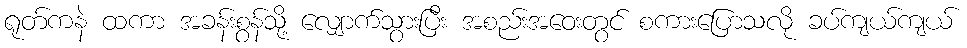
ရုတ်ကနဲ ထကာ အခန်းစွန်သို့ လျှောက်သွားပြီး အစည်းအဝေးတွင် စကားပြောသလို ခပ်ကျယ်ကျယ်